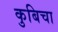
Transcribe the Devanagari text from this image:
कुबिचा